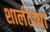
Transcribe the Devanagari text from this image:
शार्लटच्या